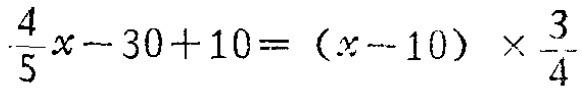
$\frac{4}{5}x - 30 + 10 = (x - 10)\times\frac{3}{4}$